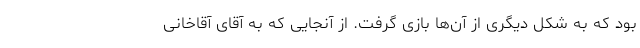
بود که به شکل دیگری از آن‌ها بازی گرفت. از آنجایی که به آقای آقاخانی